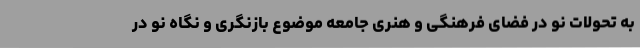
به تحولات نو در فضای فرهنگی و هنری جامعه موضوع بازنگری و نگاه نو در